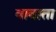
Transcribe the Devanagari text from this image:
वावाता